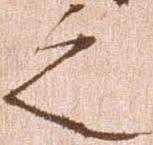
之